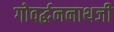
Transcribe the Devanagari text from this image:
गोवर्द्धननाथजी